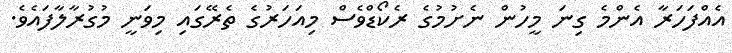
އެއްފަހަރާ އެންމެ ގިނަ މީހުން ނެށުމުގެ ރެކޯޑްވެސް މިއަހަރުގެ ތެރޭގައި މިވަނީ މުގުރާލާފައެވެ.